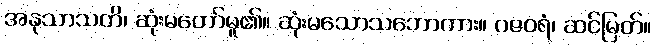
အနုသာသတိ၊ ဆုံးမတော်မူ၏။ ဆုံးမသောသဘောကား။ ဂဇဝရံ၊ ဆင်မြတ်။